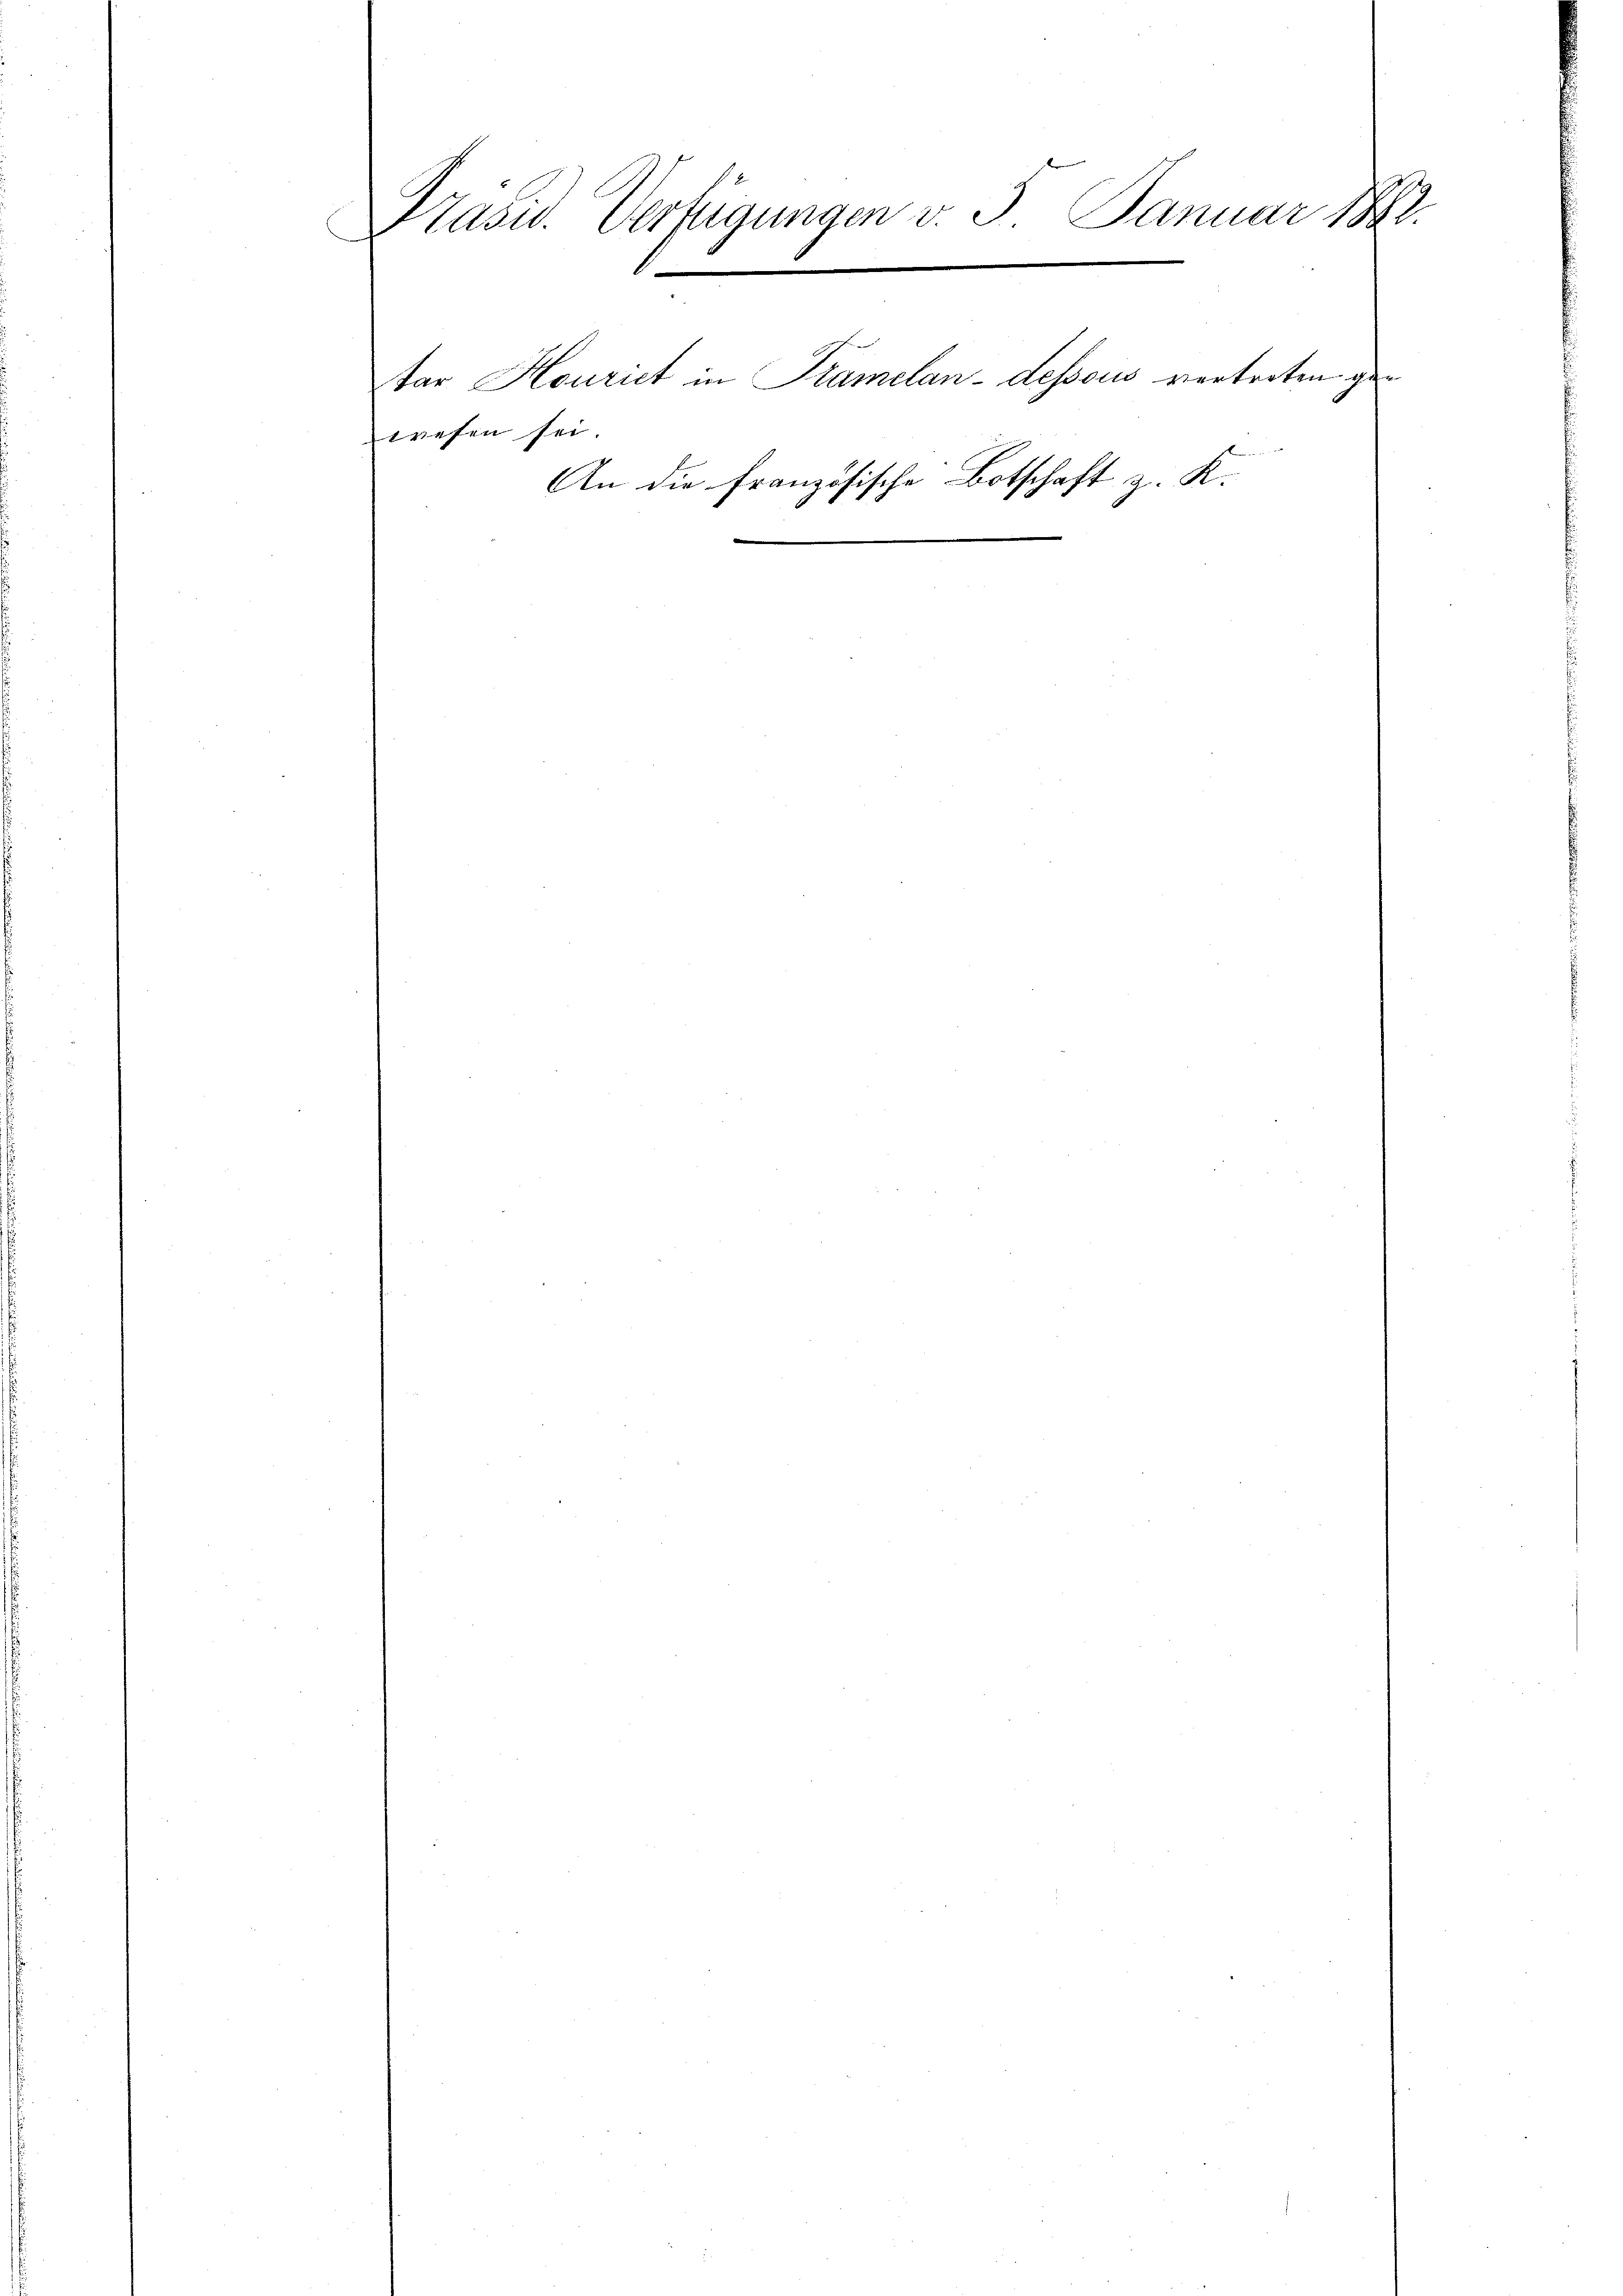
Präsid. Verfügungen v. 5. Januar 1882.
.
tar Houriet in Kramelan-dessous vertreten gewesen sei.
An die französische Botschaft z. K.